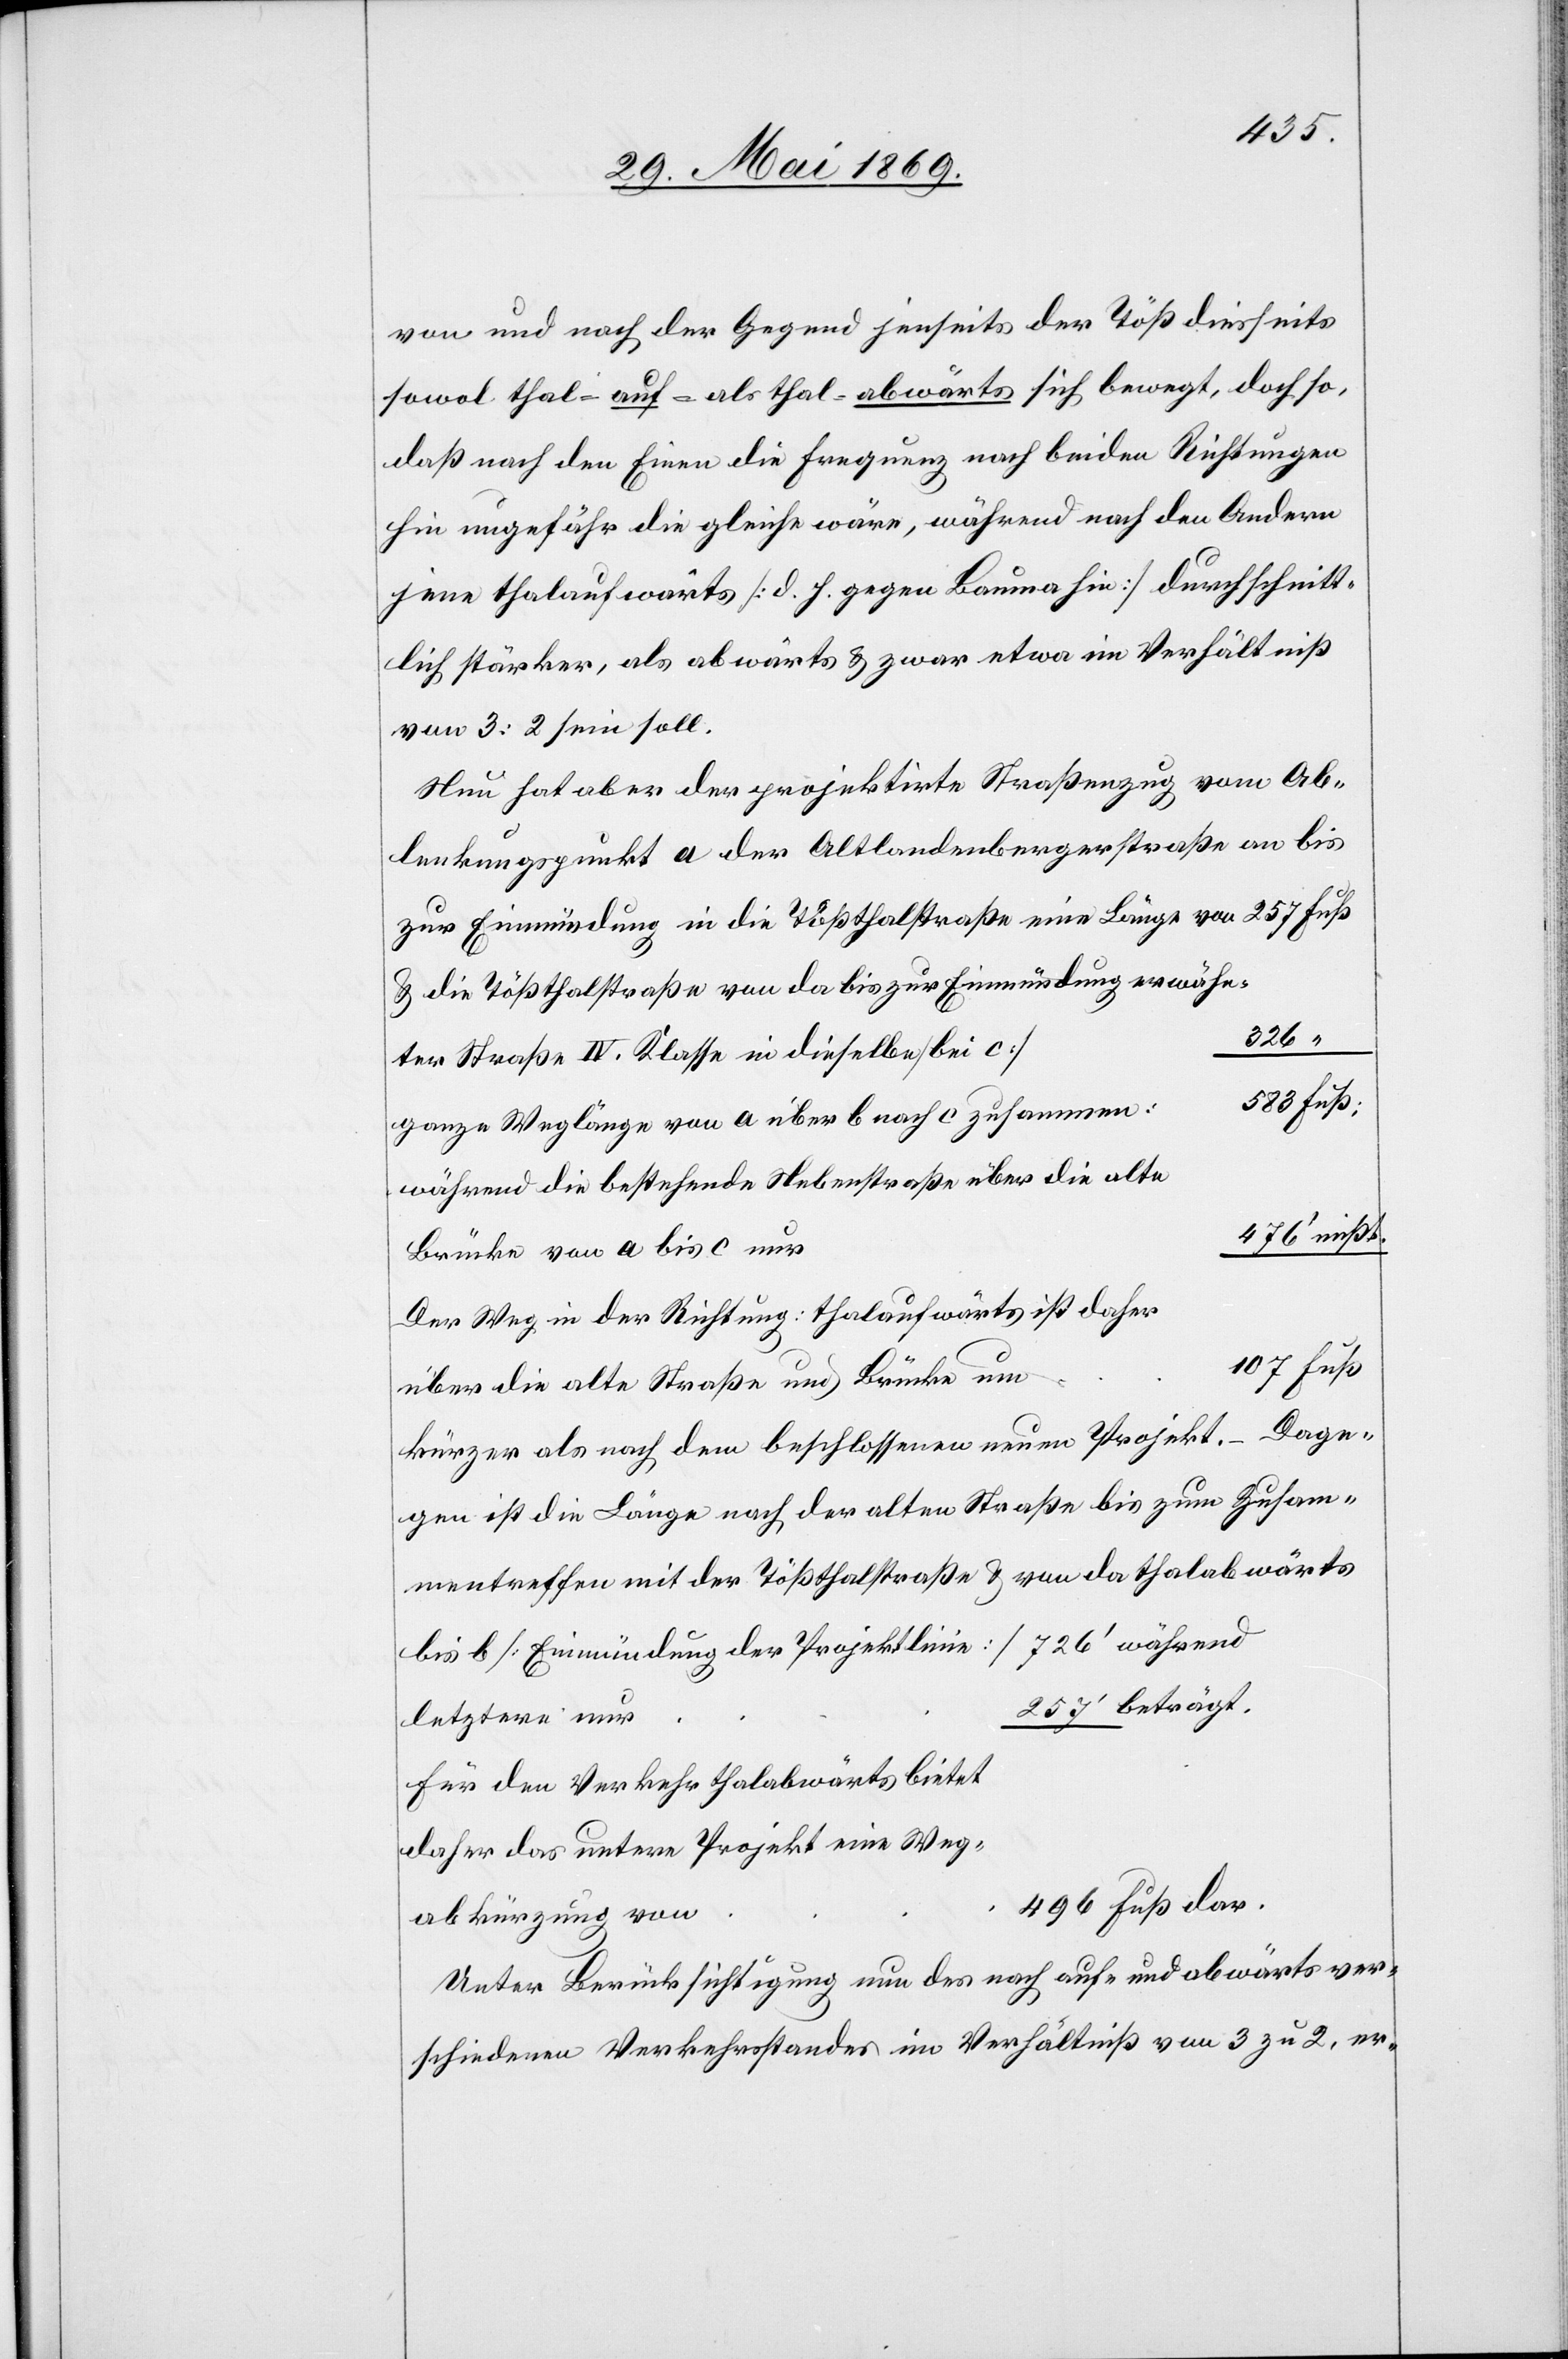
ter
von und nach der Gegend jenseits der Töß diesseits
sowol thal- auf- als thal-abwärts sich bewegt, doch so,
daß nach den Einen die Erregung nach beiden Richtungen
hin ungefähr die gleiche wäre, während nach den Andern
jene thalaufwärts [d. h. gegen Bauma hin] durchschnitt¬
lich stärker, als abwärts u. zwar etwa im Verhältniß
von 3:2 sein soll.
Nun hat aber der projektirte Straßenzug vom Ab¬
lenkungspunkt a der Altlandenbergerstraße an bis
zur Einmündung in die Tößthalstraße eine Länge von 		257 Fuß
u. die Tößthalstraße von da bis zur Einmündung erwähn¬
n:					528
ganze Weglänge von a über b nach c zusamme¬
während die bestehende Nebenstraße über die alte
r	476’ mißt
Brücke von a bis c nu¬
Der Weg in der Richtung: thalaufwärts ist daher
107 Fuß
über die alte Straße und Brücke um
Dage¬
kürzer als nach dem beschlossenen neuen Projekt.
gen ist die Länge nach der alten Straße bis zum Zusam¬
mentreffen mit der Tößthalstraße u. von da thalabwärts
bis b [Einmündung der Projektlinie] 726’ während
257’ beträgt.
letztere nur
Für den Verkehr thalabwärts bietet
daher das untere Projekt eine Weg¬
496 Fuß dar.
abkürzung von
Unter Berücksichtigung nun des nach auf- und abwärts ver¬
schiedenen Verkehrsstandes im Verhältniß von 3 zu 2, er-